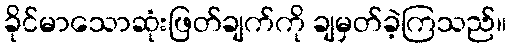
ခိုင်မာသောဆုံးဖြတ်ချက်ကို ချမှတ်ခဲ့ကြသည်။